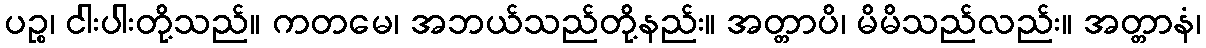
ပဉ္စ၊ ငါးပါးတို့သည်။ ကတမေ၊ အဘယ်သည်တို့နည်း။ အတ္တာပိ၊ မိမိသည်လည်း။ အတ္တာနံ၊